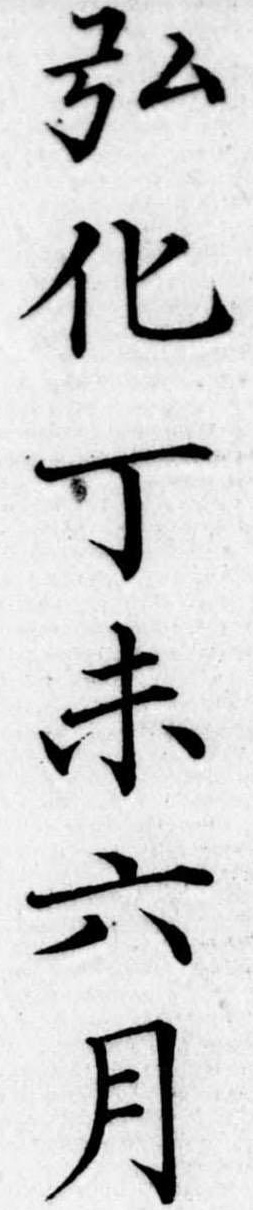
弘化丁未六月